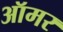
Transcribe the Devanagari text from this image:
ऑमर